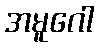
အမူဂေါ